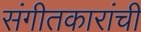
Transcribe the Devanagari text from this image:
संगीतकारांची